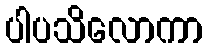
ပါပသိလောကာ